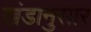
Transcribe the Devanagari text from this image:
खंडानुसार